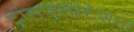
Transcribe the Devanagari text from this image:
ट्रांसप्लांटेशन।